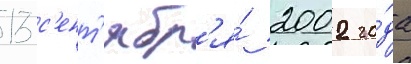
13 с'ент'ябр'я́ 2002 го́да